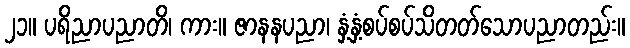
၂၁။ ပရိညာပညာတိ၊ ကား။ ဇာနနပညာ၊ နှံ့နှံ့စပ်စပ်သိတတ်သောပညာတည်း။